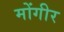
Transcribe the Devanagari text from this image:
मोंगीर